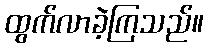
ထွက်လာခဲ့ကြသည်။